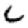
Digit: 6